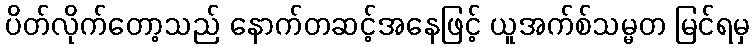
ပိတ်လိုက်တော့သည် နောက်တဆင့်အနေဖြင့် ယူအက်စ်သမ္မတ မြင်ရမှ